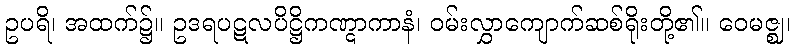
ဥပရိ၊ အထက်၌။ ဥဒရပဋလပိဋ္ဌိကဏ္ဋာကာနံ၊ ဝမ်းလွှာကျောက်ဆစ်ရိုးတို့၏။ ဝေမဇ္ဈ၊